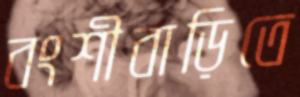
বংশীবাড়িতে